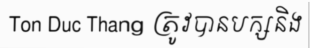
Ton Duc Thang ត្រូវបានបក្សនិង